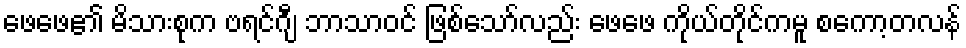
ဖေဖေ၏ မိသားစုက ဗရင်ဂျီ ဘာသာဝင် ဖြစ်သော်လည်း ဖေဖေ ကိုယ်တိုင်ကမူ စကော့တလန်